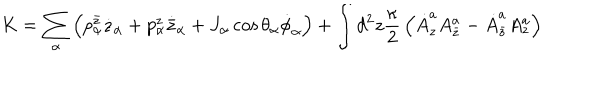
K = \sum _ { \alpha } \left( p _ { \alpha } ^ { \bar { z } } \dot { z } _ { \alpha } + p _ { \alpha } ^ { z } \dot { { \bar { z } } } _ { \alpha } + J _ { \alpha } \cos \theta _ { \alpha } \dot { \phi } _ { \alpha } \right) + \int d ^ { 2 } z { \frac { \kappa } { 2 } } \left( \dot { A } _ { z } ^ { a } A _ { \bar { z } } ^ { a } - \dot { A } _ { \bar { z } } ^ { a } A _ { z } ^ { a } \right)